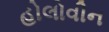
હોલોવીન